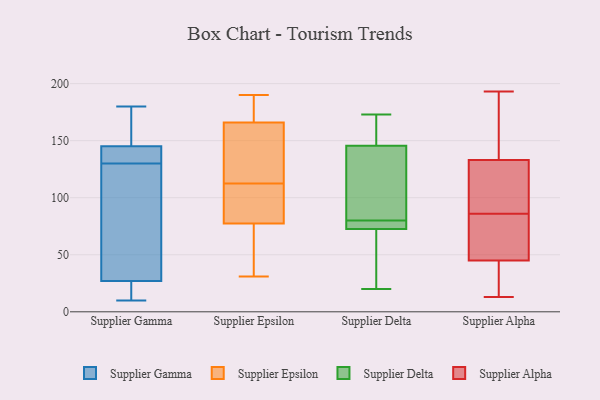
{"axis": {"x": "Waste Production (Tons)", "y": "Value"}, "legend": ["Supplier Alpha", "Supplier Delta", "Supplier Epsilon", "Supplier Gamma"], "data": [{"x": "", "y": 10, "type": "Supplier Gamma"}, {"x": "", "y": 143, "type": "Supplier Gamma"}, {"x": "", "y": 60, "type": "Supplier Gamma"}, {"x": "", "y": 27, "type": "Supplier Gamma"}, {"x": "", "y": 97, "type": "Supplier Gamma"}, {"x": "", "y": 133, "type": "Supplier Gamma"}, {"x": "", "y": 13, "type": "Supplier Gamma"}, {"x": "", "y": 176, "type": "Supplier Gamma"}, {"x": "", "y": 14, "type": "Supplier Gamma"}, {"x": "", "y": 127, "type": "Supplier Gamma"}, {"x": "", "y": 145, "type": "Supplier Gamma"}, {"x": "", "y": 180, "type": "Supplier Gamma"}, {"x": "", "y": 134, "type": "Supplier Gamma"}, {"x": "", "y": 153, "type": "Supplier Gamma"}, {"x": "", "y": 166, "type": "Supplier Epsilon"}, {"x": "", "y": 177, "type": "Supplier Epsilon"}, {"x": "", "y": 190, "type": "Supplier Epsilon"}, {"x": "", "y": 133, "type": "Supplier Epsilon"}, {"x": "", "y": 75, "type": "Supplier Epsilon"}, {"x": "", "y": 120, "type": "Supplier Epsilon"}, {"x": "", "y": 31, "type": "Supplier Epsilon"}, {"x": "", "y": 96, "type": "Supplier Epsilon"}, {"x": "", "y": 36, "type": "Supplier Epsilon"}, {"x": "", "y": 166, "type": "Supplier Epsilon"}, {"x": "", "y": 80, "type": "Supplier Epsilon"}, {"x": "", "y": 105, "type": "Supplier Epsilon"}, {"x": "", "y": 134, "type": "Supplier Delta"}, {"x": "", "y": 166, "type": "Supplier Delta"}, {"x": "", "y": 20, "type": "Supplier Delta"}, {"x": "", "y": 77, "type": "Supplier Delta"}, {"x": "", "y": 142, "type": "Supplier Delta"}, {"x": "", "y": 78, "type": "Supplier Delta"}, {"x": "", "y": 99, "type": "Supplier Delta"}, {"x": "", "y": 165, "type": "Supplier Delta"}, {"x": "", "y": 72, "type": "Supplier Delta"}, {"x": "", "y": 168, "type": "Supplier Delta"}, {"x": "", "y": 80, "type": "Supplier Delta"}, {"x": "", "y": 66, "type": "Supplier Delta"}, {"x": "", "y": 73, "type": "Supplier Delta"}, {"x": "", "y": 74, "type": "Supplier Delta"}, {"x": "", "y": 80, "type": "Supplier Delta"}, {"x": "", "y": 83, "type": "Supplier Delta"}, {"x": "", "y": 32, "type": "Supplier Delta"}, {"x": "", "y": 67, "type": "Supplier Delta"}, {"x": "", "y": 149, "type": "Supplier Delta"}, {"x": "", "y": 173, "type": "Supplier Delta"}, {"x": "", "y": 136, "type": "Supplier Alpha"}, {"x": "", "y": 103, "type": "Supplier Alpha"}, {"x": "", "y": 66, "type": "Supplier Alpha"}, {"x": "", "y": 130, "type": "Supplier Alpha"}, {"x": "", "y": 69, "type": "Supplier Alpha"}, {"x": "", "y": 13, "type": "Supplier Alpha"}, {"x": "", "y": 165, "type": "Supplier Alpha"}, {"x": "", "y": 60, "type": "Supplier Alpha"}, {"x": "", "y": 13, "type": "Supplier Alpha"}, {"x": "", "y": 120, "type": "Supplier Alpha"}, {"x": "", "y": 193, "type": "Supplier Alpha"}, {"x": "", "y": 30, "type": "Supplier Alpha"}]}